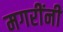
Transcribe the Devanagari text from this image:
मगरींनी